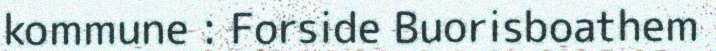
kommune : Forside Buorisboathem